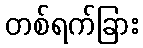
တစ်ရက်ခြား